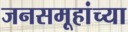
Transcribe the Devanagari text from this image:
जनसमूहांच्या